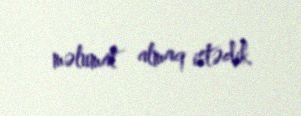
məlumat almaq istədik.